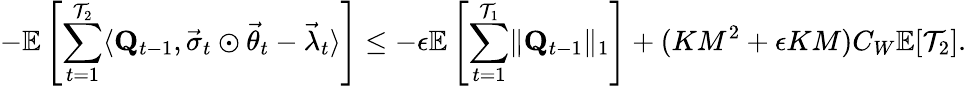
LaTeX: -\mathbb E\left[\sum_{t=1}^{\mathcal T_{2}}\langle\mathbf Q_{t-1},\vec{\sigma}_{t}\odot\vec{\theta}_{t}-\vec{\lambda}_{t}\rangle\right]\le-\epsilon\mathbb E\left[\sum_{t=1}^{\mathcal T_{1}}\lVert\mathbf Q_{t-1}\rVert_{1}\right]+(KM^{2}+\epsilon KM)C_{W}\mathbb E[\mathcal T_{2}].